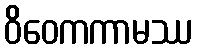
ဝိဝေကကာမဿ